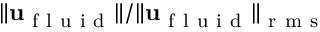
\| \mathbf { u } _ { \mathrm { ~ f ~ l ~ u ~ i ~ d ~ } } \| / \| \mathbf { u } _ { \mathrm { ~ f ~ l ~ u ~ i ~ d ~ } } \| _ { \mathrm { ~ r ~ m ~ s ~ } }